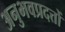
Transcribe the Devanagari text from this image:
अनुभवप्रदत्तों